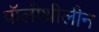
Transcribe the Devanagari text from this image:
पॉलीथीलीन